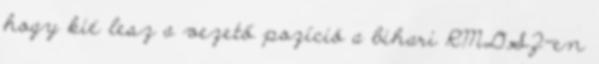
hogy kié lesz a vezető pozíció a bihari RMDSZ-en